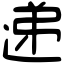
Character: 递